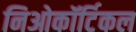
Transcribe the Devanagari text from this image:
निओकॉर्टिकल